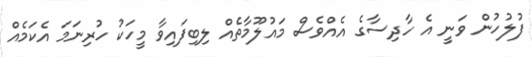
ފުލުހުން ވަނީ އެ ހާދިސާގެ އެއްވެސް މައުލޫމާތެއް ލިބިފައިވާ މީހަކު ހުރިނަމަ އެކަމެއް